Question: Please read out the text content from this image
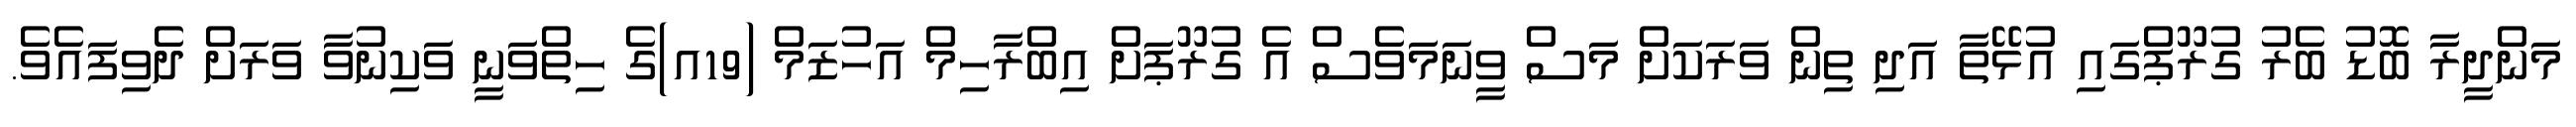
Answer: މަންދީރާ ބޮޑު ބެރު ގުރޫޕްގައި އުޅޭތާ އަދި ތިން ވަރަކަށް މަސް ވީނަމަވެސް އެ ގުރޫޕަށް އިބްރާހިމް އަހުޒަމް (19އ)ގެ ހިތްވަނީ ވަކިނުވާ ވަރަށް ދެވިފައެވެ.